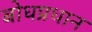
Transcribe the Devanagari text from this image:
बोधप्रधान